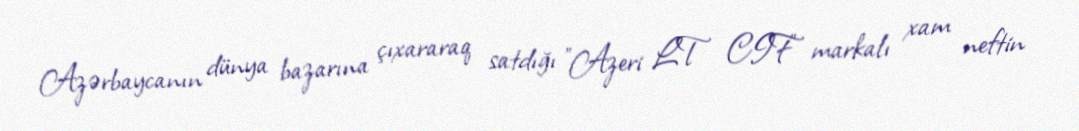
Azərbaycanın dünya bazarına çıxararaq satdığı "Azeri LT CIF" markalı xam neftin